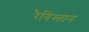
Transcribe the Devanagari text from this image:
रैगिस्तान